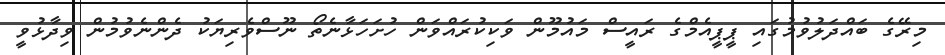
މިރޭގެ ބައްދަލުވުމުގައި ޕީޕީއެމްގެ ރައީސް މައުމޫން ވަކިކުރައްވަން ހުށަހަޅާނެތޯ ނޫސްވެރިޔަކު ދެންނެވުމުން ވިދާޅުވީ